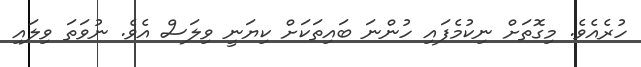
ހުރެއެވެ. މިގޮތަށް ނިކުމެފައި ހުންނަ ބައިތަކަށް ކިޔަނީ ވިލަސް އެވެ. ނުވަތަ ވިލައި